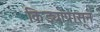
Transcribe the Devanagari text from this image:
किड्यांपासून